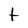
Character: t